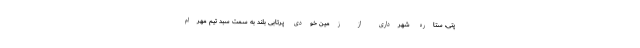
پتی، ستاره شهرداری از زمین خودی پرتابی بلند به سمت سبد تیم مهرام